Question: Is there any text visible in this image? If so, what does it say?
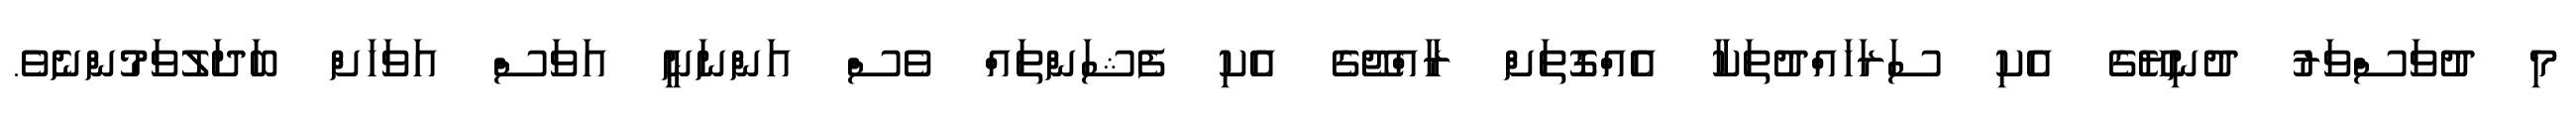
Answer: މި ދުވަސްވަރު ދުނިޔޭގެ އެކި ސަރަހައްދުތަކާ އެއްގޮތަށް ރާއްޖޭގެ އެކި ފެޝަންތައް ވެސް އަންނަނީ އަވަސް އަވަހަށް ބަދަލުވަމުންނެވެ.